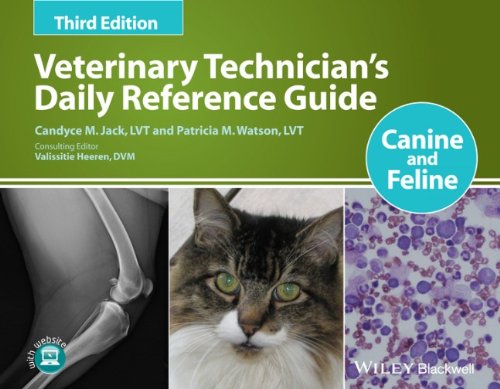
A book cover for Veterinary Technician's Daily Reference Guide: Canine and Feline; Candyce M. Jack; Medical Books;